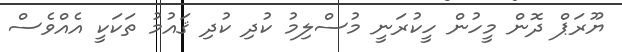
ޔޫރަޕް ދޮން މީހުން ހީކުރަނީ މުސްލިމު ކުދި ކުދި ޤައުމު ތަކަކީ އެއްވެސް